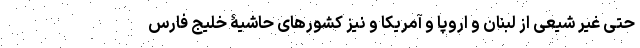
حتی غیر شیعی از لبنان و اروپا و آمریکا و نیز کشورهای حاشیۀ خلیج فارس